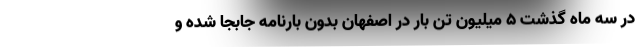
در سه ماه گذشت ۵ میلیون تن بار در اصفهان بدون بارنامه جابجا شده و